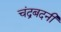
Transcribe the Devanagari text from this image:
चंद्रबदनी